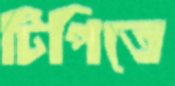
টিপিতে